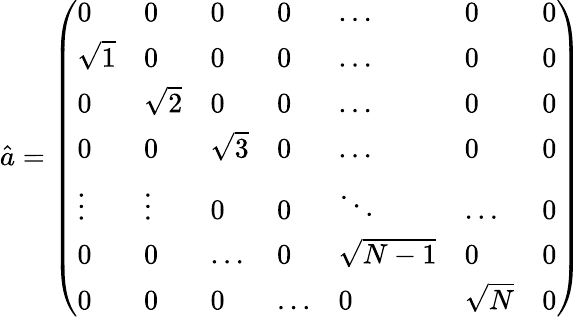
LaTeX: \hat{a}=\left(\begin{array}{lllllll}{0}&{0}&{0}&{0}&{\dots}&{0}&{0}\\ {\sqrt{1}}&{0}&{0}&{0}&{\dots}&{0}&{0}\\ {0}&{\sqrt{2}}&{0}&{0}&{\dots}&{0}&{0}\\ {0}&{0}&{\sqrt{3}}&{0}&{\dots}&{0}&{0}\\ {\vdots}&{\vdots}&{0}&{0}&{\ddots}&{\dots}&{0}\\ {0}&{0}&{\dots}&{0}&{\sqrt{N-1}}&{0}&{0}\\ {0}&{0}&{0}&{\dots}&{0}&{\sqrt{N}}&{0}\end{array}\right)